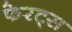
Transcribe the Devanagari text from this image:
फेरट्स